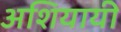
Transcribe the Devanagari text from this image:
अशियायी